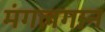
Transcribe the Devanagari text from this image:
मंगलगान